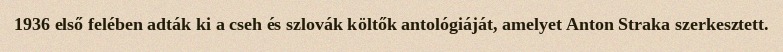
1936 első felében adták ki a cseh és szlovák költők antológiáját, amelyet Anton Straka szerkesztett.